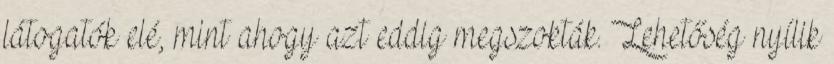
látogatók elé, mint ahogy azt eddig megszokták. Lehetőség nyílik